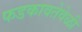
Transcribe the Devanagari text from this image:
फडकावतेवेळी